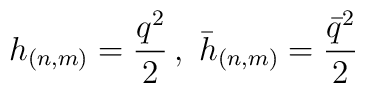
h_{(n,m)}=\frac{q^{2}}{2}\, ,\, \, \bar{h}_{(n,m)}=\frac{\bar{q}^{2}}{2}